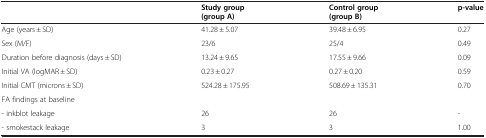
|  | Study group (group A) | Control group (group B) | p-value |
 | --- | --- | --- | --- |
 | Age (years ± SD) | 41.28 ± 5.07 | 39.48 ± 6.95 | 0.27 |
 | Sex (M/F) | 23/6 | 25/4 | 0.49 |
 | Duration before diagnosis (days ± SD) | 13.24 ± 9.65 | 17.55 ± 9.66 | 0.09 |
 | Initial VA (logMAR ± SD) | 0.23 ± 0.27 | 0.27 ± 0.20 | 0.59 |
 | Initial CMT (microns ± SD) | 524.28 ± 175.95 | 508.69 ± 135.31 | 0.70 |
 | FA findings at baseline |  |  |  |
 | - inkblot leakage | 26 | 26 | - |
 | - smokestack leakage | 3 | 3 | 1.00 |